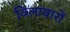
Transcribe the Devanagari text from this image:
विलावारों